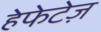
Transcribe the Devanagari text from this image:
हेफेटेज़